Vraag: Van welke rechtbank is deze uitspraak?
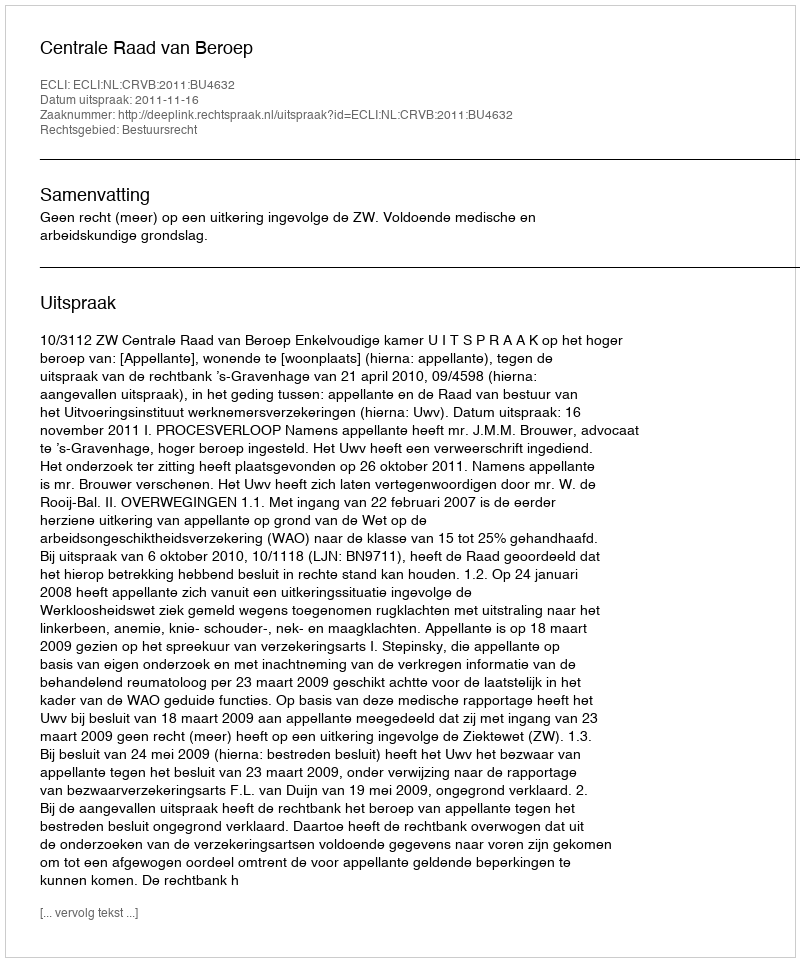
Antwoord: Centrale Raad van Beroep